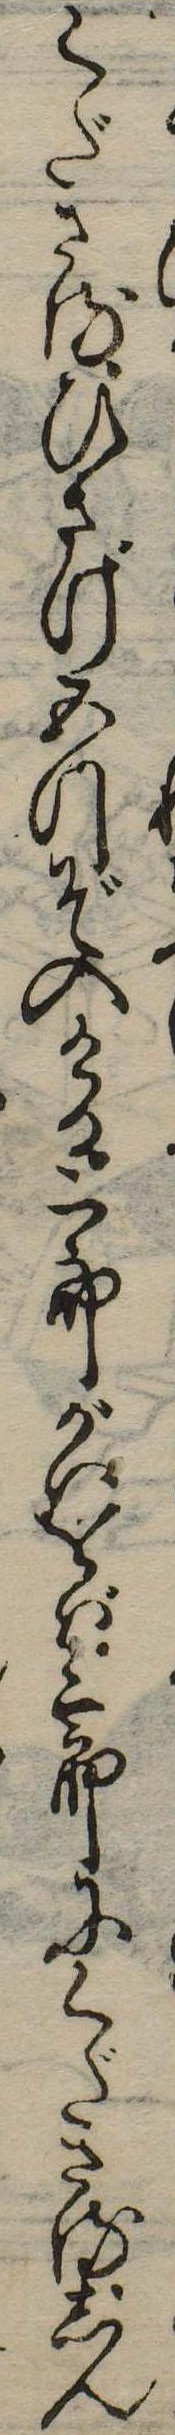
くださるひさげ五つぞ入ける二郎がいをば三郎にくださるしん